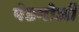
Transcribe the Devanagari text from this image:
पेडगोजी